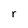
Character: r